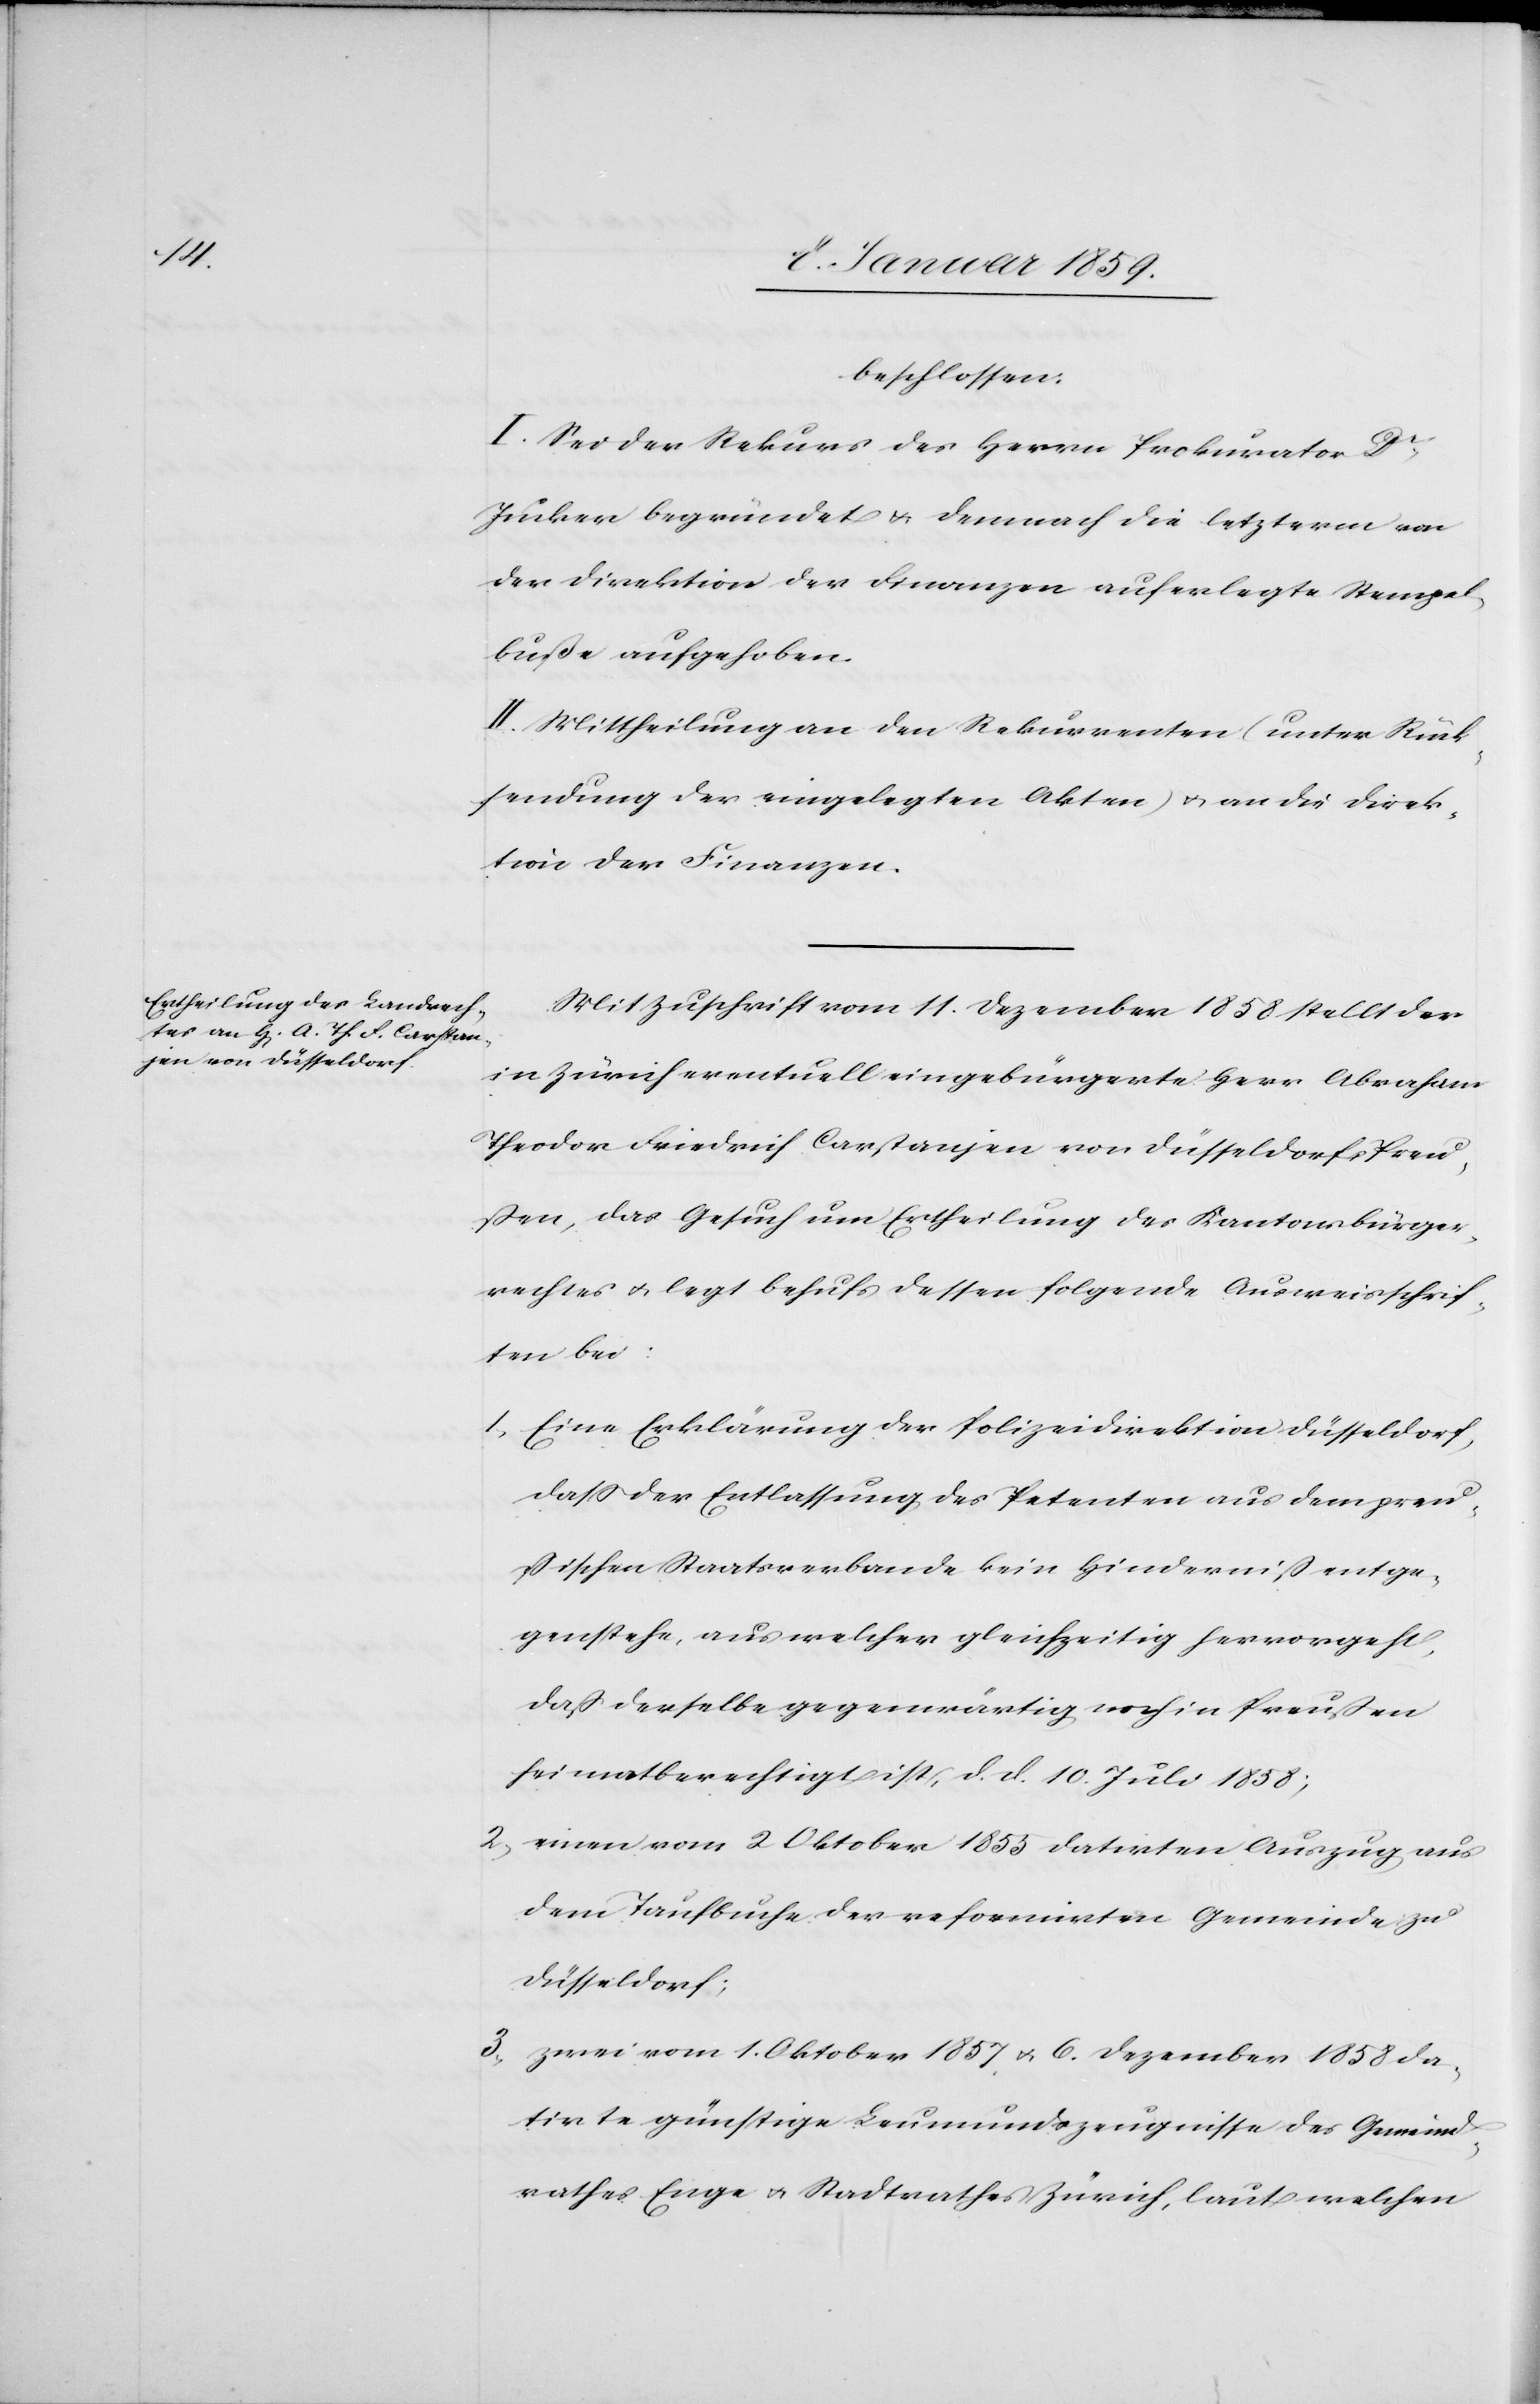
beschlossen.
I. Sei der Rekurs des Herrn Prokurator Dr.
Jucker begründet u. demnach die letzerm von
der Direktion der Finanzen auferlegte Stempel¬
buße aufgehoben.
II. Mittheilung an den Rekurrenten (unter Rück¬
sendung der eingelegten Akten) u. an die Direk¬
tion der Finanzen.
Mit Zuschrift vom 11. Dezember 1858 stellt der
in Zürich eventuell eingebürgerte Herr Abraham
Theodor Friedrich Carstanjen von Düsseldorf, Preu¬
ßen, das Gesuch um Ertheilung des Kantonsbürger¬
rechtes u. legt behufs dessen folgende Ausweisschrif¬
ten bei:
1. Eine Erklärung der Polizeidirektion Düsseldorf,
daß der Entlassung des Petenten aus dem preu¬
ßischen Staatsverbande kein Hinderniß entge¬
genstehe, aus welcher gleichzeitig hervorgeht,
daß derselbe gegenwärtig noch in Preußen
heimatberechtigt ist, d. d. 10. Juli 1858;
2. einen vom 2 Oktober 1855 datirten Auszug aus
dem Taufbuche der reformirten Gemeinde zu
Düsseldorf;
3. zwei vom 1. Oktober 1857 u. 6. Dezember 1858 da¬
tirte günstige Leumundszeugnisse des Gemeind¬
rathes Enge u. Stadtrathes Zürich, laut welchen